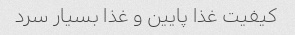
کیفیت غذا پایین و غذا بسیار سرد